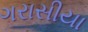
ગરાસીયા